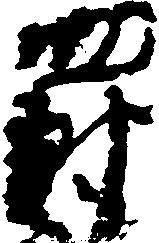
罰